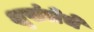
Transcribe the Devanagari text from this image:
शृखंलेचे